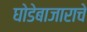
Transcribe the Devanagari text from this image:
घोडेबाजाराचे